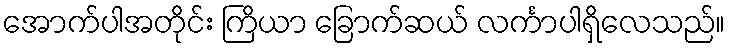
အောက်ပါအတိုင်း ကြိယာ ခြောက်ဆယ် လင်္ကာပါရှိလေသည်။